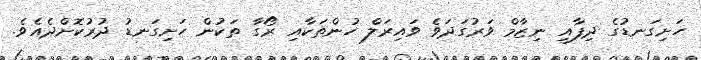
ހަށިގަނޑުގެ ދިފާއީ ނިޒާމް ވަރުގަދަވެ ވައިރަލް ހުންތަކާއި ރޯގާ ތަކުން ހަށިގަނޑު ދުރުކޮށްދެއެވެ.